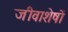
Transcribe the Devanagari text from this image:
जीवाशेषों